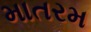
માતરમ